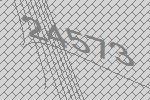
24573